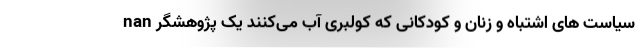
nan سیاست های اشتباه و زنان و کودکانی که کولبری آب می‌کنند یک پژوهشگر